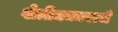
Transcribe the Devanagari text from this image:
शेतीप्रकाराचे